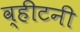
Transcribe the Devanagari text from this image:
व्हीटनी